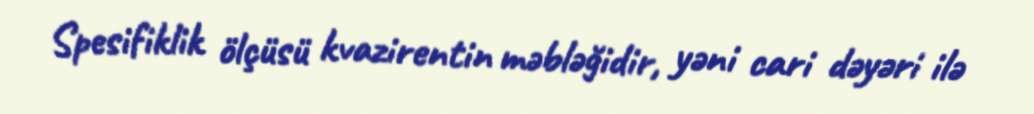
Spesifiklik ölçüsü kvazirentin məbləğidir, yəni cari dəyəri ilə